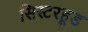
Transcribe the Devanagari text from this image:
सिस्टरहूड